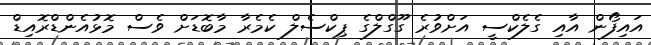
އައިފޯން އާއި ގެލެކްސީ އަށްވުރެ ގޫގްލްގެ ޕިކްސެލް ކެމެރާ މާބޮޑަށް ވެސް މޮޅުއެންޑްރޮއިޑް